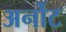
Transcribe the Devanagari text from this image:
अर्नोट